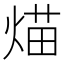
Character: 𤋙